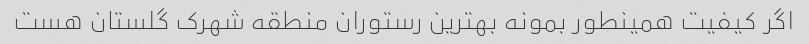
اگر کیفیت همینطور بمونه بهترین رستوران منطقه شهرک گلستان هست